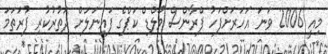
މިއީ 2006 ވަނަ އަހަރަށްފަހު ފްރާންސް ވޯލްޑް ކަޕްގެ ފައިނަލަށް ދަތުރުކުރި ފުރަތަމަ